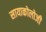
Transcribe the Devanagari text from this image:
सायाकोलोजी